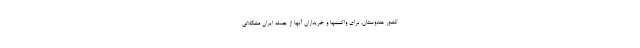
کشور هندوستان، برای واکسنها و خریداران آنها از جمله ایران مشکلاتی